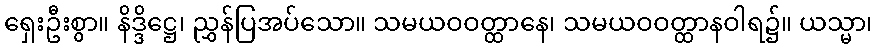
ရှေးဦးစွာ။ နိဒ္ဒိဋ္ဌေ၊ ညွှန်ပြအပ်သော။ သမယဝဝတ္ထာနေ၊ သမယဝဝတ္ထာနဝါရ၌။ ယသ္မာ၊